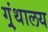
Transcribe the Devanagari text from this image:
ग्र्ंथालय